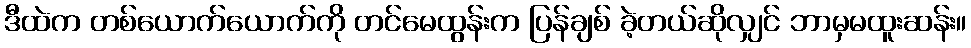
ဒီထဲက တစ်ယောက်ယောက်ကို တင်မေထွန်းက ပြန်ချစ် ခဲ့တယ်ဆိုလျှင် ဘာမှမထူးဆန်း။